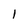
Character: l